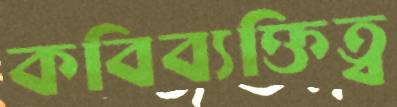
কবিব্যক্তিত্ব